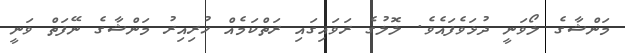
މަންޝާގެ ލޯވަނީ ދުޅަވެފައެވެ. ލޮލުގެ ރަވައިގައި ރަތްކަމެއް ހުރިއިރު މަންޝާގެ ނޭފަތް ވަނީ